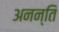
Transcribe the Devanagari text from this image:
अनन्ति